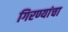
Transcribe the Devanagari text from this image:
गिरण्यांचा